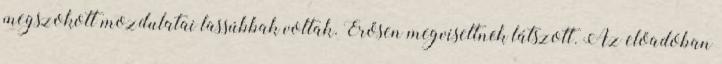
megszokott mozdulatai lassúbbak voltak. Erősen megviseltnek látszott. Az előadóban